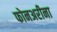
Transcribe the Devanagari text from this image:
फोनअरीना